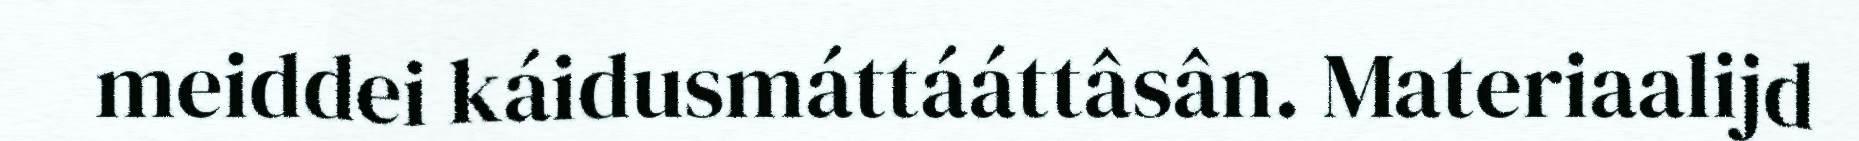
meiddei káidusmáttááttâsân. Materiaalijd